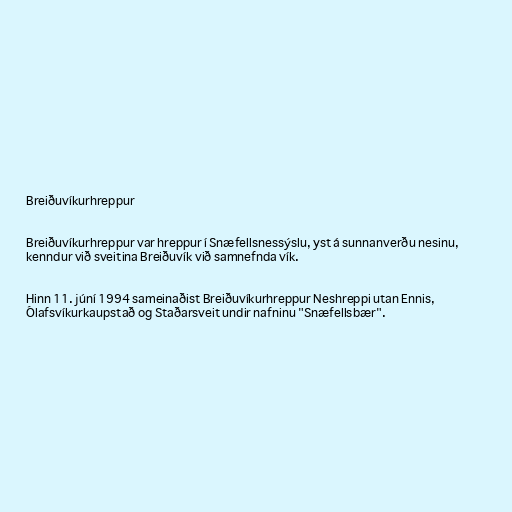
Breiðuvíkurhreppur

Breiðuvíkurhreppur var hreppur í Snæfellsnessýslu, yst á sunnanverðu nesinu,
kenndur við sveitina Breiðuvík við samnefnda vík.

Hinn 11. júní 1994 sameinaðist Breiðuvíkurhreppur Neshreppi utan Ennis,
Ólafsvíkurkaupstað og Staðarsveit undir nafninu "Snæfellsbær".